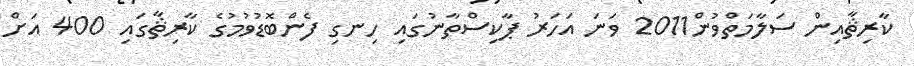
ކާރިޘާއިން ސަލާމަތްވުން2011 ވަނަ އަހަރު ޕާކިސްތާނުގައި ހިނގި ފެންބޮޑުވުމުގެ ކާރިޘާގައި 400 އަށް